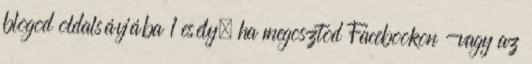
blogod oldalsávjába 1 esély, ha megosztod Facebookon -vagy az